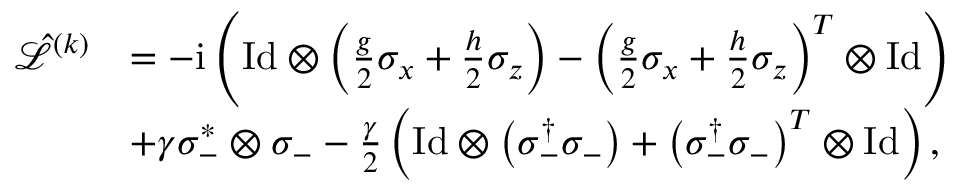
\begin{array} { r l } { \hat { \mathcal { L } } ^ { ( k ) } } & { = - \mathrm { i } \left( \mathrm { I d } \otimes \left( \frac { g } { 2 } \sigma _ { x } + \frac { h } { 2 } \sigma _ { z } \right) - \left( \frac { g } { 2 } \sigma _ { x } + \frac { h } { 2 } \sigma _ { z } \right) ^ { T } \otimes \mathrm { I d } \right) } \\ & { + \gamma \sigma _ { - } ^ { * } \otimes \sigma _ { - } - \frac { \gamma } { 2 } \left( \mathrm { I d } \otimes \left( \sigma _ { - } ^ { \dagger } \sigma _ { - } \right) + \left( \sigma _ { - } ^ { \dagger } \sigma _ { - } \right) ^ { T } \otimes \mathrm { I d } \right) , } \end{array}